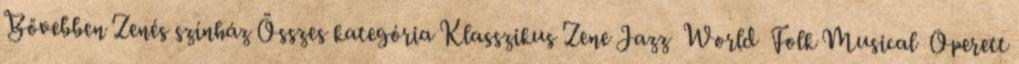
Bővebben Zenés színház Összes kategória Klasszikus Zene Jazz World Folk Musical Operett